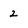
Character: 2